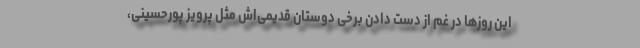
این روزها در غم از دست دادن برخی دوستان قدیمی‌اش مثل پرویز پورحسینی،